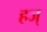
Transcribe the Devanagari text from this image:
हज्